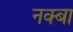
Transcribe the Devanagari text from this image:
नक्बा